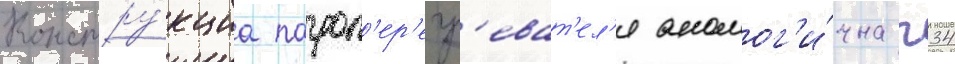
Констру́кциа пароп'ер'егр'еват'ел'я аналог'и́чна п34